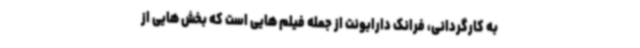
به کارگردانی، فرانک دارابونت از جمله فیلم هایی است که بخش هایی از